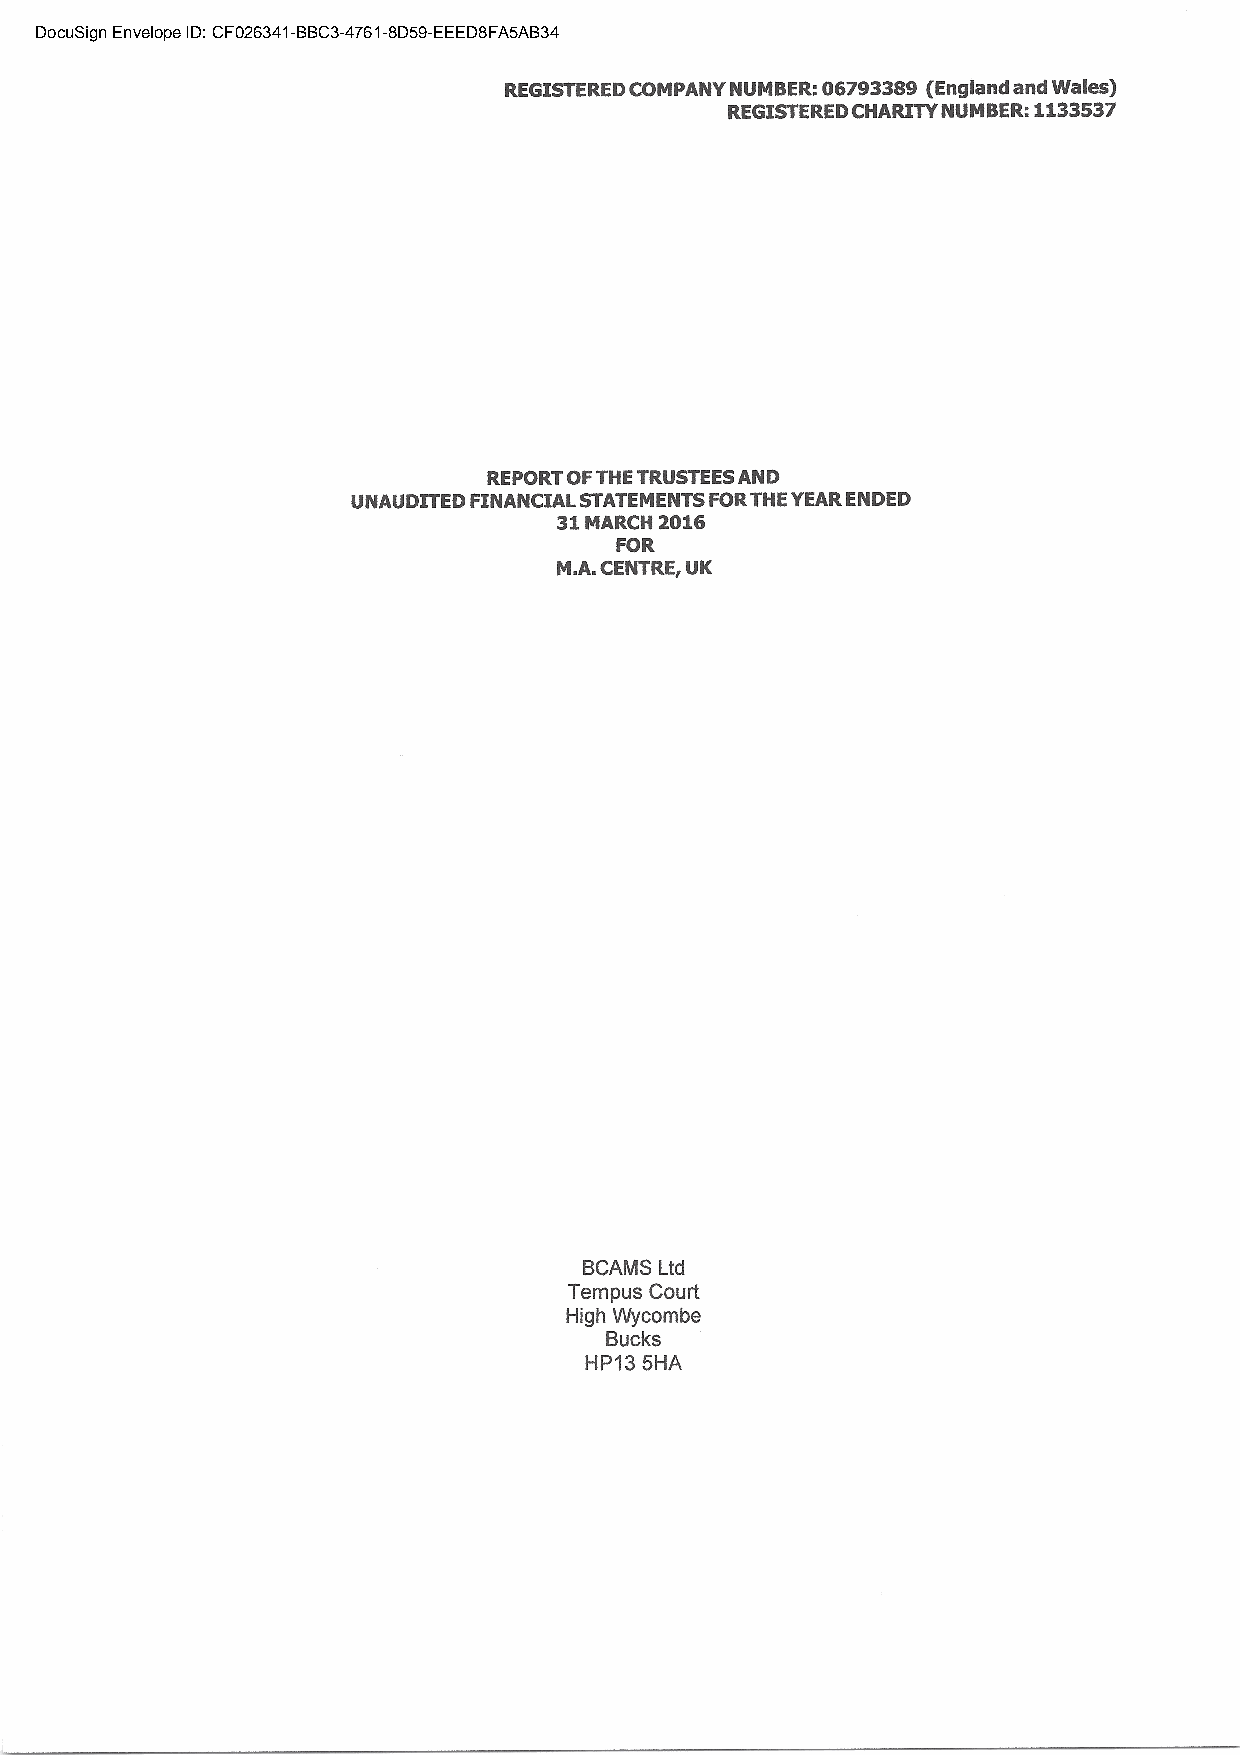
DocuSign Envelope ID: CF026341-BBC3-4761-8D59-EEED8FA5AB34